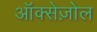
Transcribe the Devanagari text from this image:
ऑक्सेज़ोल